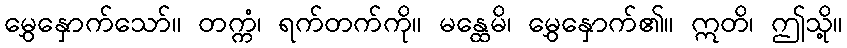
မွှေနှောက်သော်။ တက္ကံ၊ ရက်တက်ကို။ မန္ထေမိ၊ မွှေနှောက်၏။ ဣတိ၊ ဤသို့။